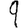
Digit: 9